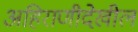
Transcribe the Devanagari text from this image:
अहिराणीदेखील